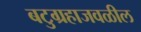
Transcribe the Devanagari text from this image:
बटुग्रहाजवळील